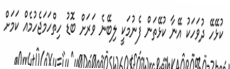
ކުޅޭހޭ ދުވަހަކު އޭނާ ކުޅޭތަން ފެނުމަކީ ލިބޭނެ ވަރަށް ބޮޑު ހިތްހަމަޖެހުމެއް ކަމަށް